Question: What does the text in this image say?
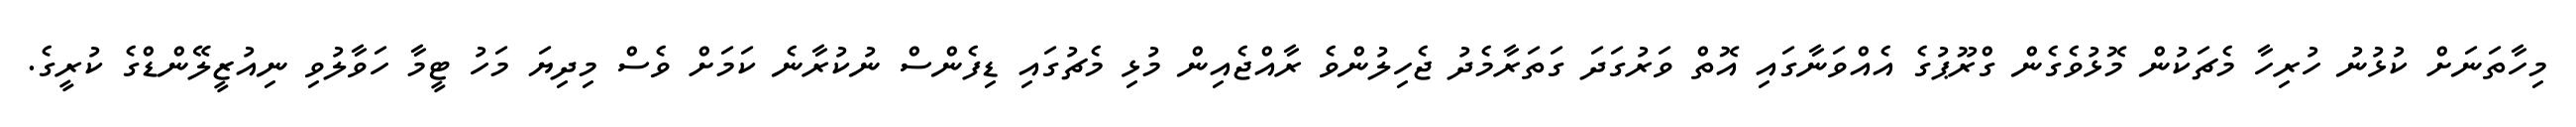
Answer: މިހާތަނަށް ކުޅުނު ހުރިހާ މެޗަކުން މޮޅުވެގެން ގްރޫޕުގެ އެއްވަނާގައި އޮތް ވަރުގަދަ ގަތަރާމެދު ޖެހިލުންވެ ރާއްޖެއިން މުޅި މެޗުގައި ޑިފެންސް ނުކުރާނެ ކަމަށް ވެސް މިދިޔަ މަހު ޓީމާ ހަވާލުވި ނިއުޒީލޭންޑްގެ ކުރީގެ.